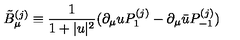
\tilde { B } _ { \mu } ^ { ( j ) } \equiv \frac { 1 } { 1 + | u | ^ { 2 } } ( \partial _ { \mu } u P _ { 1 } ^ { ( j ) } - \partial _ { \mu } \bar { u } P _ { - 1 } ^ { ( j ) } )